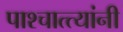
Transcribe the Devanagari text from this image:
पाश्चात्त्यांनी